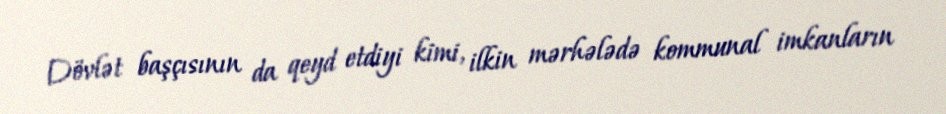
Dövlət başçısının da qeyd etdiyi kimi, ilkin mərhələdə kommunal imkanların